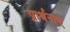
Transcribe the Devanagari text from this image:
प्रार्थनाए